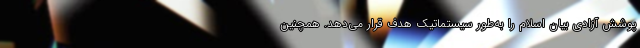
پوشش آزادی بیان اسلام را به‌طور سیستماتیک هدف قرار می‌دهد. همچنین